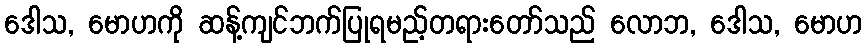
ဒေါသ, မောဟကို ဆန့်ကျင်ဘက်ပြုရမည့်တရားတော်သည် လောဘ, ဒေါသ, မောဟ